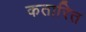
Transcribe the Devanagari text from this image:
कतारित